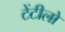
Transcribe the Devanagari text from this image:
टेंटीलो